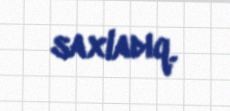
saxladıq.